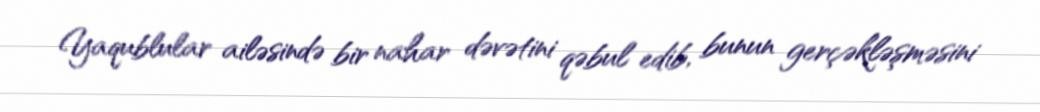
Yaqublular ailəsində bir nahar dəvətini qəbul edib, bunun gerçəkləşməsini